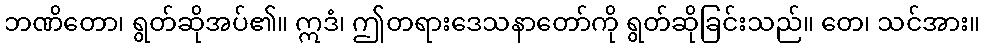
ဘဏိတော၊ ရွတ်ဆိုအပ်၏။ ဣဒံ၊ ဤတရားဒေသနာတော်ကို ရွတ်ဆိုခြင်းသည်။ တေ၊ သင်အား။